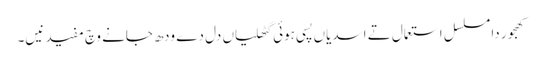
کھجور دا مسلسل استعمال تے اسدیاں پسی ہوئی گٹھلیاں دل دے ودھ جانے وچ مفید نیں۔